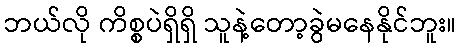
ဘယ်လို ကိစ္စပဲရှိရှိ သူနဲ့တော့ခွဲမနေနိုင်ဘူး။